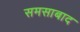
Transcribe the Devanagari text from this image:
समसाबाद